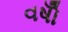
વષોઁ